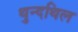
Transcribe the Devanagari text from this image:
थुन्दथिल